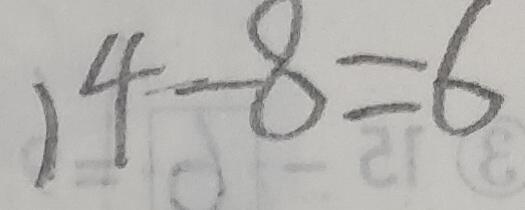
1 4 - 8 = 6